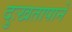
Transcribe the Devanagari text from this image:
दुःखतापाने